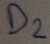
Text: D2